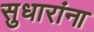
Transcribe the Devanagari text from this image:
सुधारांना